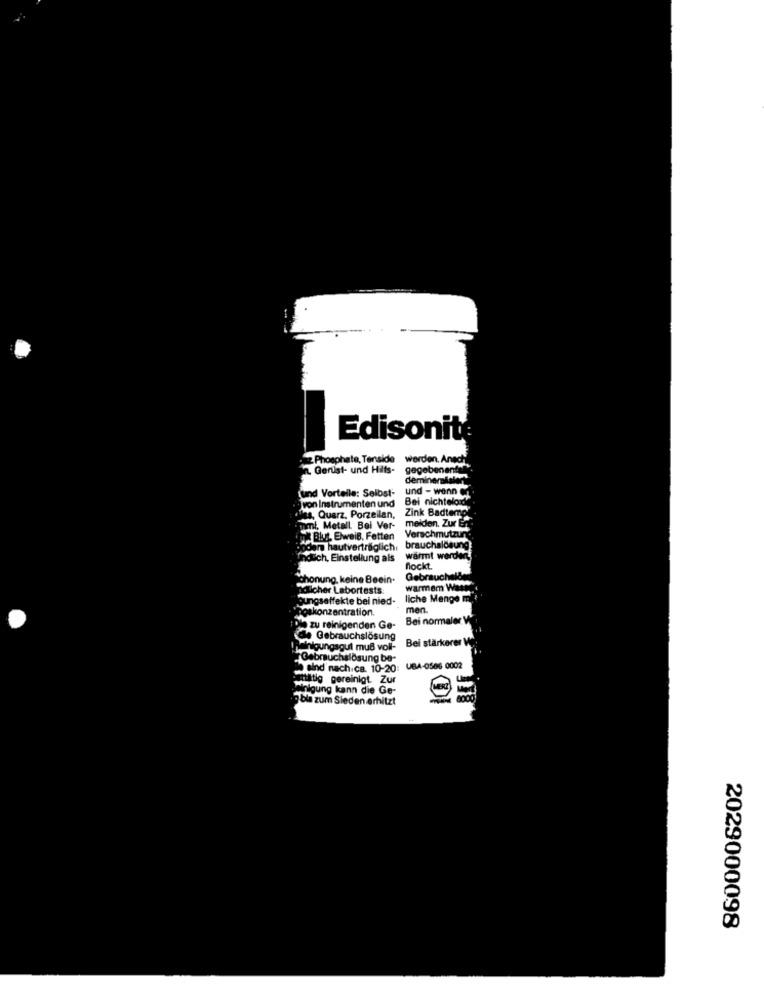
Edisonite
Phosphate, Tenside
werden. Anad
7. Gerust- und Hilfs-
gegebenentt
deminemialert
und - wenn
und Vortelle: Selbst-
von Instrumenten und
Bei nichtelonde
Zink Badtemo
Quarz, Porzellan,
meiden. Zur Ef
Metall. Bei Ver-
Blut, Elweis, Fetten
Verschmutzung
bom hautverträglich.
brauchslösung
thatich. Einstellung als
warmt werden!
nockt.
chonung, keine Beein.
Gebrauchelő
dlicher Labortests
warmem WasD.
gungseffekte bei nied-
liche Menge m
oskonzentration.
men.
Bei normaler W
" zu reinigenden Ge-
de Gebrauchslosung
Bei stärkerer W
Jainigungsgul muß voll-
Gebrauchslösung be-
sind nach.ca. 10-20: UBA-0586 0002
tiltig gereinigt. Zur
Nolgung kann die Ge-
3bis zum Sieden erhitzt
2029000098